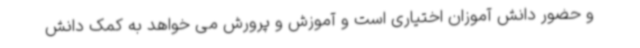
و حضور دانش آموزان اختیاری است و آموزش و پرورش می خواهد به کمک دانش